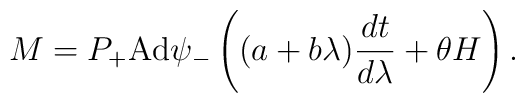
M=P_+\mbox{Ad}\psi_-\left((a+b\lambda)\frac{dt}{d\lambda}+\theta H\right).